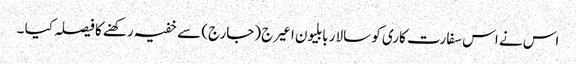
اس نے اس سفارت کاری کو سالار بابلیون اعیرج (جارج) سے خفیہ رکھنے کا فیصلہ کیا ۔